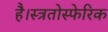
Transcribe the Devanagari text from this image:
है।स्त्रतोस्फेरिक